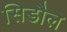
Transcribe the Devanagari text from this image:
सिडौल